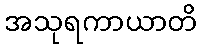
အသုရကာယာတိ